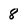
Character: 8